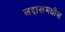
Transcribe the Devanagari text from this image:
लद्दाखमधील